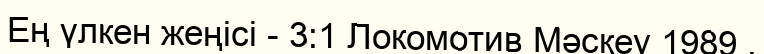
Ең үлкен жеңісі - 3:1 Локомотив Мәскеу 1989 .